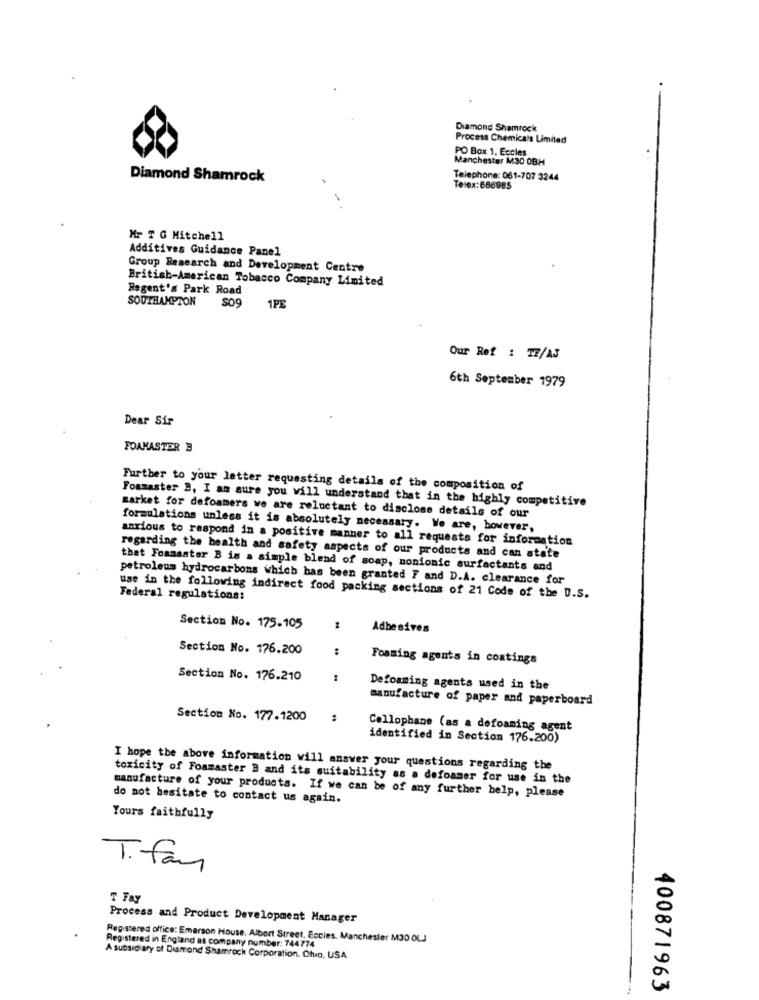
Diamond Shamrock
Process Chemicals Limited
PO Box 1. Eccles
Manchester M30 OBH
Diamond Shamrock
Telephone: 061-707 3244
Telex:686985
Mr T G Mitchell
Additives Guidance Panel
Group Research and Development Centre
British-American Tobacco Company Limited
Regent's Park Road
SOUTHAMPTON
$09
1PE
Our Ref : TE/AJ
6th September 1979
Dear Sir
FOAKASTER B
Further to your letter requesting details of the composition of
Foamaster B, I am sure you will understand that in the highly competitive
market for defoamers we are reluctant to disclose details of our
formulations unless it is absolutely necessary. We are, however,
anxious to respond in a positive manner to all requests for information
regarding the health and safety aspects of our products and can state
that Foamsatar B is a simple blend of soap, nonionic surfactants and
petroleum hydrocarbons which has been granted F and D.A. clearance for
Federal regulations:
use in the following indirect food packing sections of 21 Code of the U.S.
Section No. 175.105
Adbesives
Section No. 176.200
:
Foaming agents in coatings
Section No. 176.210
Defoaming agents used in the
manufacture of paper and paperboard
Section No. 177.1200
:
Cellophane (as a defoaming agent
identified in Section 176.200)
I hope the above information will answer your questions regarding the
toxicity of Foamaster B and its suitability as a defoamer for use in the
do not hesitate to contact us again.
manufacture of your products. If we can be of any further help, please
Yours faithfully
T. fam
T Fay
Process and Product Development Manager
Registered office: Emerson House, Albert Street, Eccles. Manchester MJO OLJ
Registered in England as company number: 744774
A subsidiary of Diamond Shamrock Corporation. Chio. USA
400871963